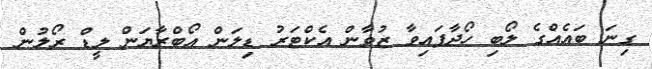
ގިނަ ބައެއްގެ ލޯބި ހޯދާފައިވާ ޒުވާން އެކްޓަރު ޑިލަން އޯބްރާޔަން ލީޑް ރޯލުން